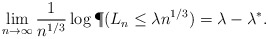
\begin{align*} \lim_{n \to \infty} \frac{1}{n^{1/3}} \log \P(L_n \leq \lambda n^{1/3}) = \lambda- \lambda^*.\end{align*}